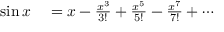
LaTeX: \begin{array} { r l } { \sin x } & { { } = x - { \frac { x ^ { 3 } } { 3 ! } } + { \frac { x ^ { 5 } } { 5 ! } } - { \frac { x ^ { 7 } } { 7 ! } } + \cdots } \end{array}